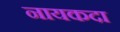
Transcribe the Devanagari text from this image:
नायकदा